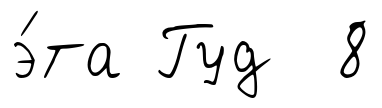
э́та Гуд 8